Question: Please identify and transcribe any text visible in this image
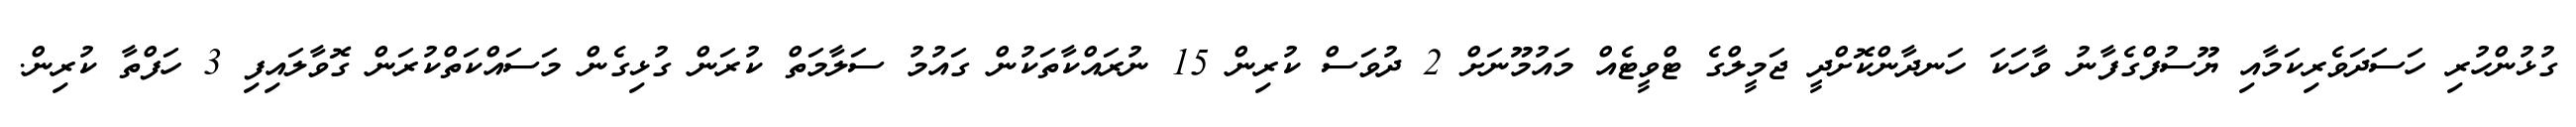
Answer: ގުޅުންހުރި ހަސަދަވެރިކަމާއި ޔޫސުފްގެފާނު ވާހަކަ ހަނދާންކޮށްދީ ޖަމީލްގެ ޓްވީޓެއް މައުމޫނަށް 2 ދުވަސް ކުރިން 15 ނުރައްކާތަކުން ގައުމު ސަލާމަތް ކުރަން ގުޅިގެން މަސައްކަތްކުރަން ގޮވާލައިފި 3 ހަފްތާ ކުރިން.